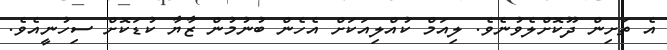
އެ ތަށިން ދޫކޮށްލެވުނެވެ. ލިއަމް ކުއްލިއަކަށް އެހެން ބުނުމުން ޒާޔާ ކުޑަކޮށް ސިހުނީއެވެ.